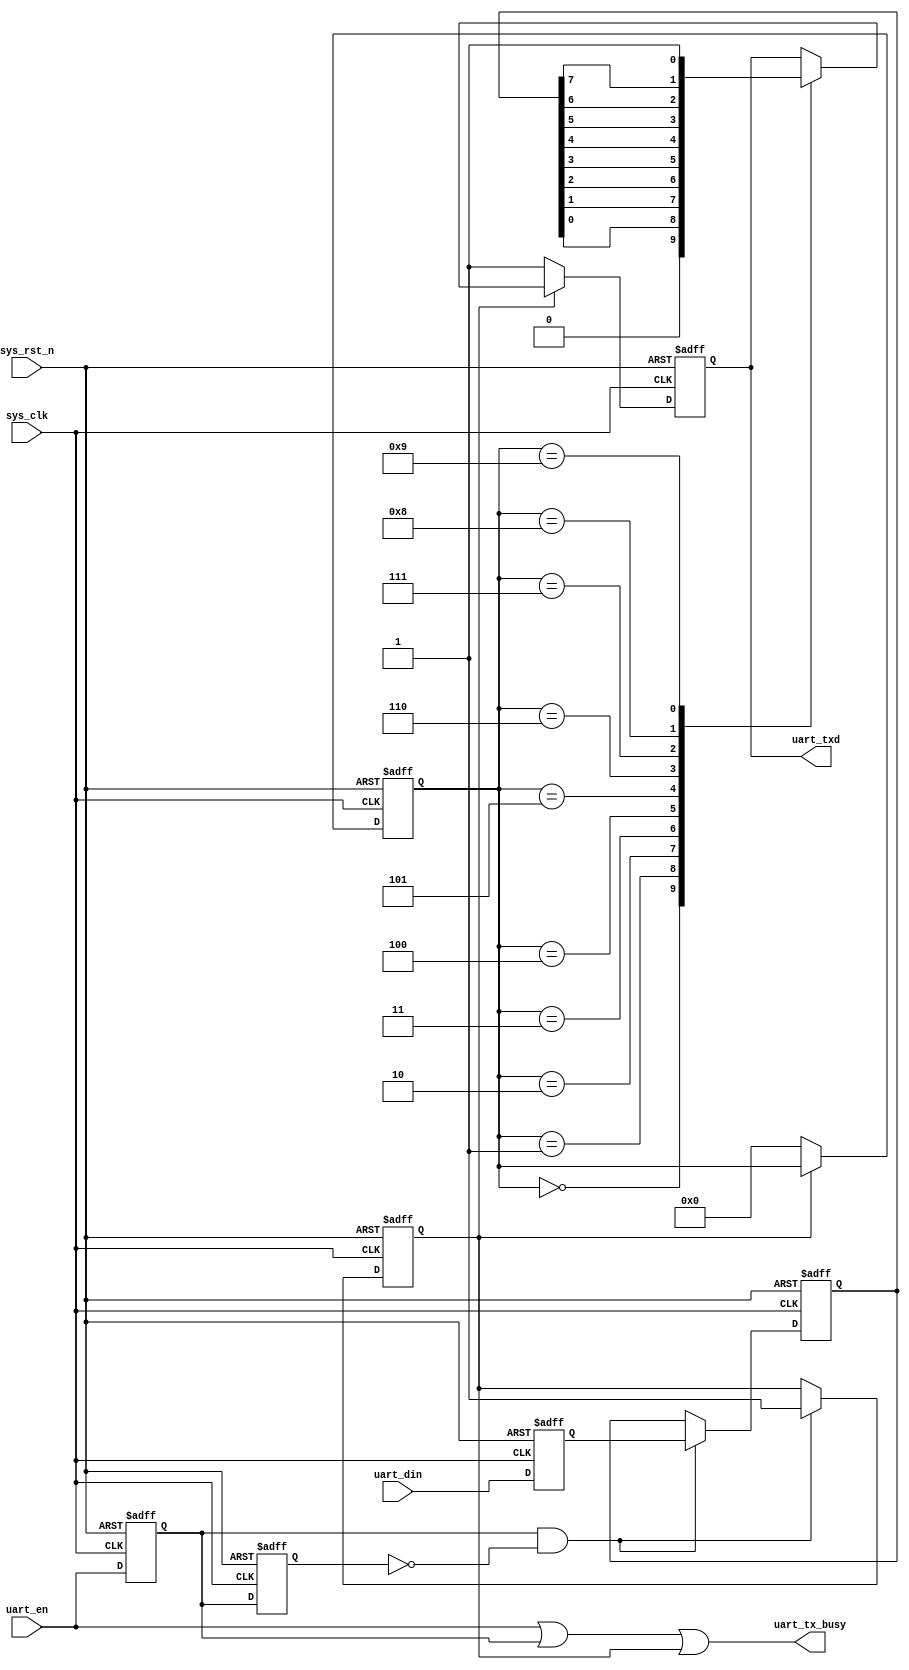
`timescale 1ns / 1ps
//////////////////////////////////////////////////////////////////////////////////
// Company: 
// Engineer: 
// 
// Design Name: 
// Module Name: uart_send
// Project Name: 
// Target Devices: 
// Tool Versions: 
// Description: 
// 
// Dependencies: 
// 
// Revision:
// Revision 0.01 - File Created
// Additional Comments:
// 
//////////////////////////////////////////////////////////////////////////////////

module uart_send #(
    parameter CLK_FREQ = 65_000_000,
    parameter UART_BPS = 115200
)
(
    input           sys_clk,
    input           sys_rst_n,
    input           uart_en,
    input  [7:0]    uart_din,
    output reg      uart_txd,
    output          uart_tx_busy
    );



localparam BPS_CNT = CLK_FREQ/UART_BPS;


reg tx_flag;
reg uart_en_d0;
reg uart_en_d1;
reg [7:0] tx_data;

reg [7:0]  r0_uart_din;
reg [7:0]  r1_uart_din;
wire en_flag;

reg [8:0] clk_cnt;
reg [3:0] tx_cnt;

assign uart_tx_busy = uart_en ||uart_en_d0||tx_flag;

assign en_flag = uart_en_d0&(~uart_en_d1);
always @(posedge sys_clk or negedge sys_rst_n) begin
    if (~sys_rst_n) begin
        uart_en_d0 <= 1'b0;
        uart_en_d1 <= 1'b0;
    end
    else begin
        uart_en_d0 <= uart_en;
        uart_en_d1 <= uart_en_d0;
    end
end
always @(posedge sys_clk or negedge sys_rst_n) begin
    if (~sys_rst_n) begin
        r0_uart_din <= 8'b0;
        r1_uart_din <= 8'b0;
    end
    else begin
        r0_uart_din <= uart_din;
        r1_uart_din <= r0_uart_din;
    end
end

always @(posedge sys_clk or negedge sys_rst_n) begin
    if (~sys_rst_n) begin
        tx_flag <= 1'b0;
        tx_data <= 8'b0;
    end
    else if (en_flag) begin
        tx_flag <= 1'b1;
        tx_data <= r0_uart_din;
    end
    // else if ((tx_cnt==4'd9) && (clk_cnt==BPS_CNT -(BPS_CNT/16)) )begin
    else if ((tx_cnt==4'd9) && (clk_cnt==BPS_CNT -1))begin
        tx_data <= 0;
        tx_flag <= 0;
    end
    else begin
        tx_data <= tx_data;
        tx_flag <= tx_flag;
    end
end

always @(posedge sys_clk or negedge sys_rst_n) begin
    if (~sys_rst_n) begin
        tx_cnt <= 0;
    end else if (tx_flag) begin
        if (clk_cnt==BPS_CNT-1) begin
            tx_cnt <= tx_cnt + 1'b1;
        end else begin
            tx_cnt <= tx_cnt;
        end 
    end else begin 
            tx_cnt <= 4'd0;
    end
end

always @(posedge sys_clk or negedge sys_rst_n) begin
    if (~sys_rst_n) begin
        clk_cnt <= 9'd0;
    end
    else if (tx_flag) begin
        if (clk_cnt<BPS_CNT-1) begin
            clk_cnt <= clk_cnt+1'b1;
        end else begin
            clk_cnt <= 9'd0;
        end
    end
    else
        clk_cnt <= 9'd0;
end

always @(posedge sys_clk or negedge sys_rst_n) begin
    if (!sys_rst_n) begin
        uart_txd <= 1'b1;
    end else if (tx_flag) begin
        case (tx_cnt)
            4'd0:   uart_txd <= 1'b0; 
            4'd1:   uart_txd <= tx_data[0]; 
            4'd2:   uart_txd <= tx_data[1]; 
            4'd3:   uart_txd <= tx_data[2]; 
            4'd4:   uart_txd <= tx_data[3]; 
            4'd5:   uart_txd <= tx_data[4]; 
            4'd6:   uart_txd <= tx_data[5]; 
            4'd7:   uart_txd <= tx_data[6]; 
            4'd8:   uart_txd <= tx_data[7]; 
            4'd9:   uart_txd <= 1'b1;
            default:;
        endcase
    end
    else
        uart_txd <= 1'b1;
end
endmodule